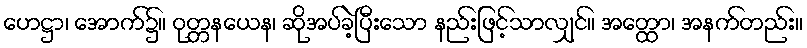
ဟေဋ္ဌာ၊ အောက်၌။ ဝုတ္တနယေန၊ ဆိုအပ်ခဲ့ပြီးသော နည်းဖြင့်သာလျှင်။ အတ္ထော၊ အနက်တည်း။